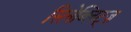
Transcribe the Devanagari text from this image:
सिनेब्लिट्ज़